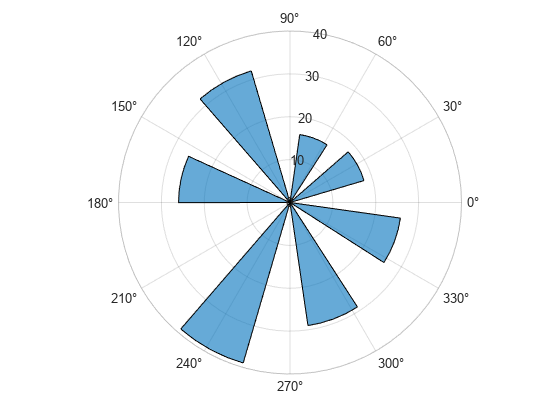
matlab, figure, polarhistogram